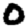
Digit: 0